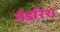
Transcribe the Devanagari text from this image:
मैडरिश